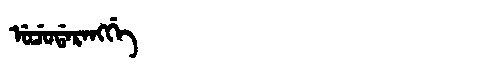
Manchu: ᡠᠴᡠᡩᠠᡵᠠᠩᡤᡝ
Romanization: UCUDARANGGE